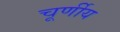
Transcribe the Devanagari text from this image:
चूर्णीय